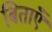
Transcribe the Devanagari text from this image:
बिताएँ